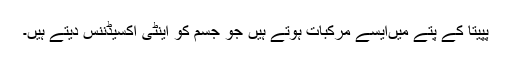
پپیتا کے پتے میںایسے مرکبات ہوتے ہیں جو جسم کو اینٹی آکسیڈننس دیتے ہیں۔